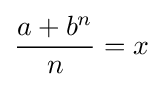
{\frac {a+b^{n}}{n}}=x